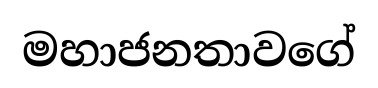
මහාජනතාවගේ